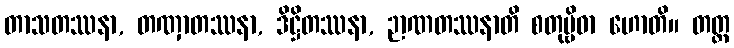
တာသတဿနာ, တဏှာတဿနာ, ဒိဋ္ဌိတဿနာ, ဉာဏတဿနာတိ စတုဗ္ဗိဓာ ဟောတိ။ တတ္ထ